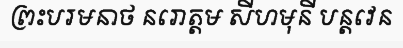
ព្រះបរមនាថ នរោត្តម សីហមុនី បន្តវេន